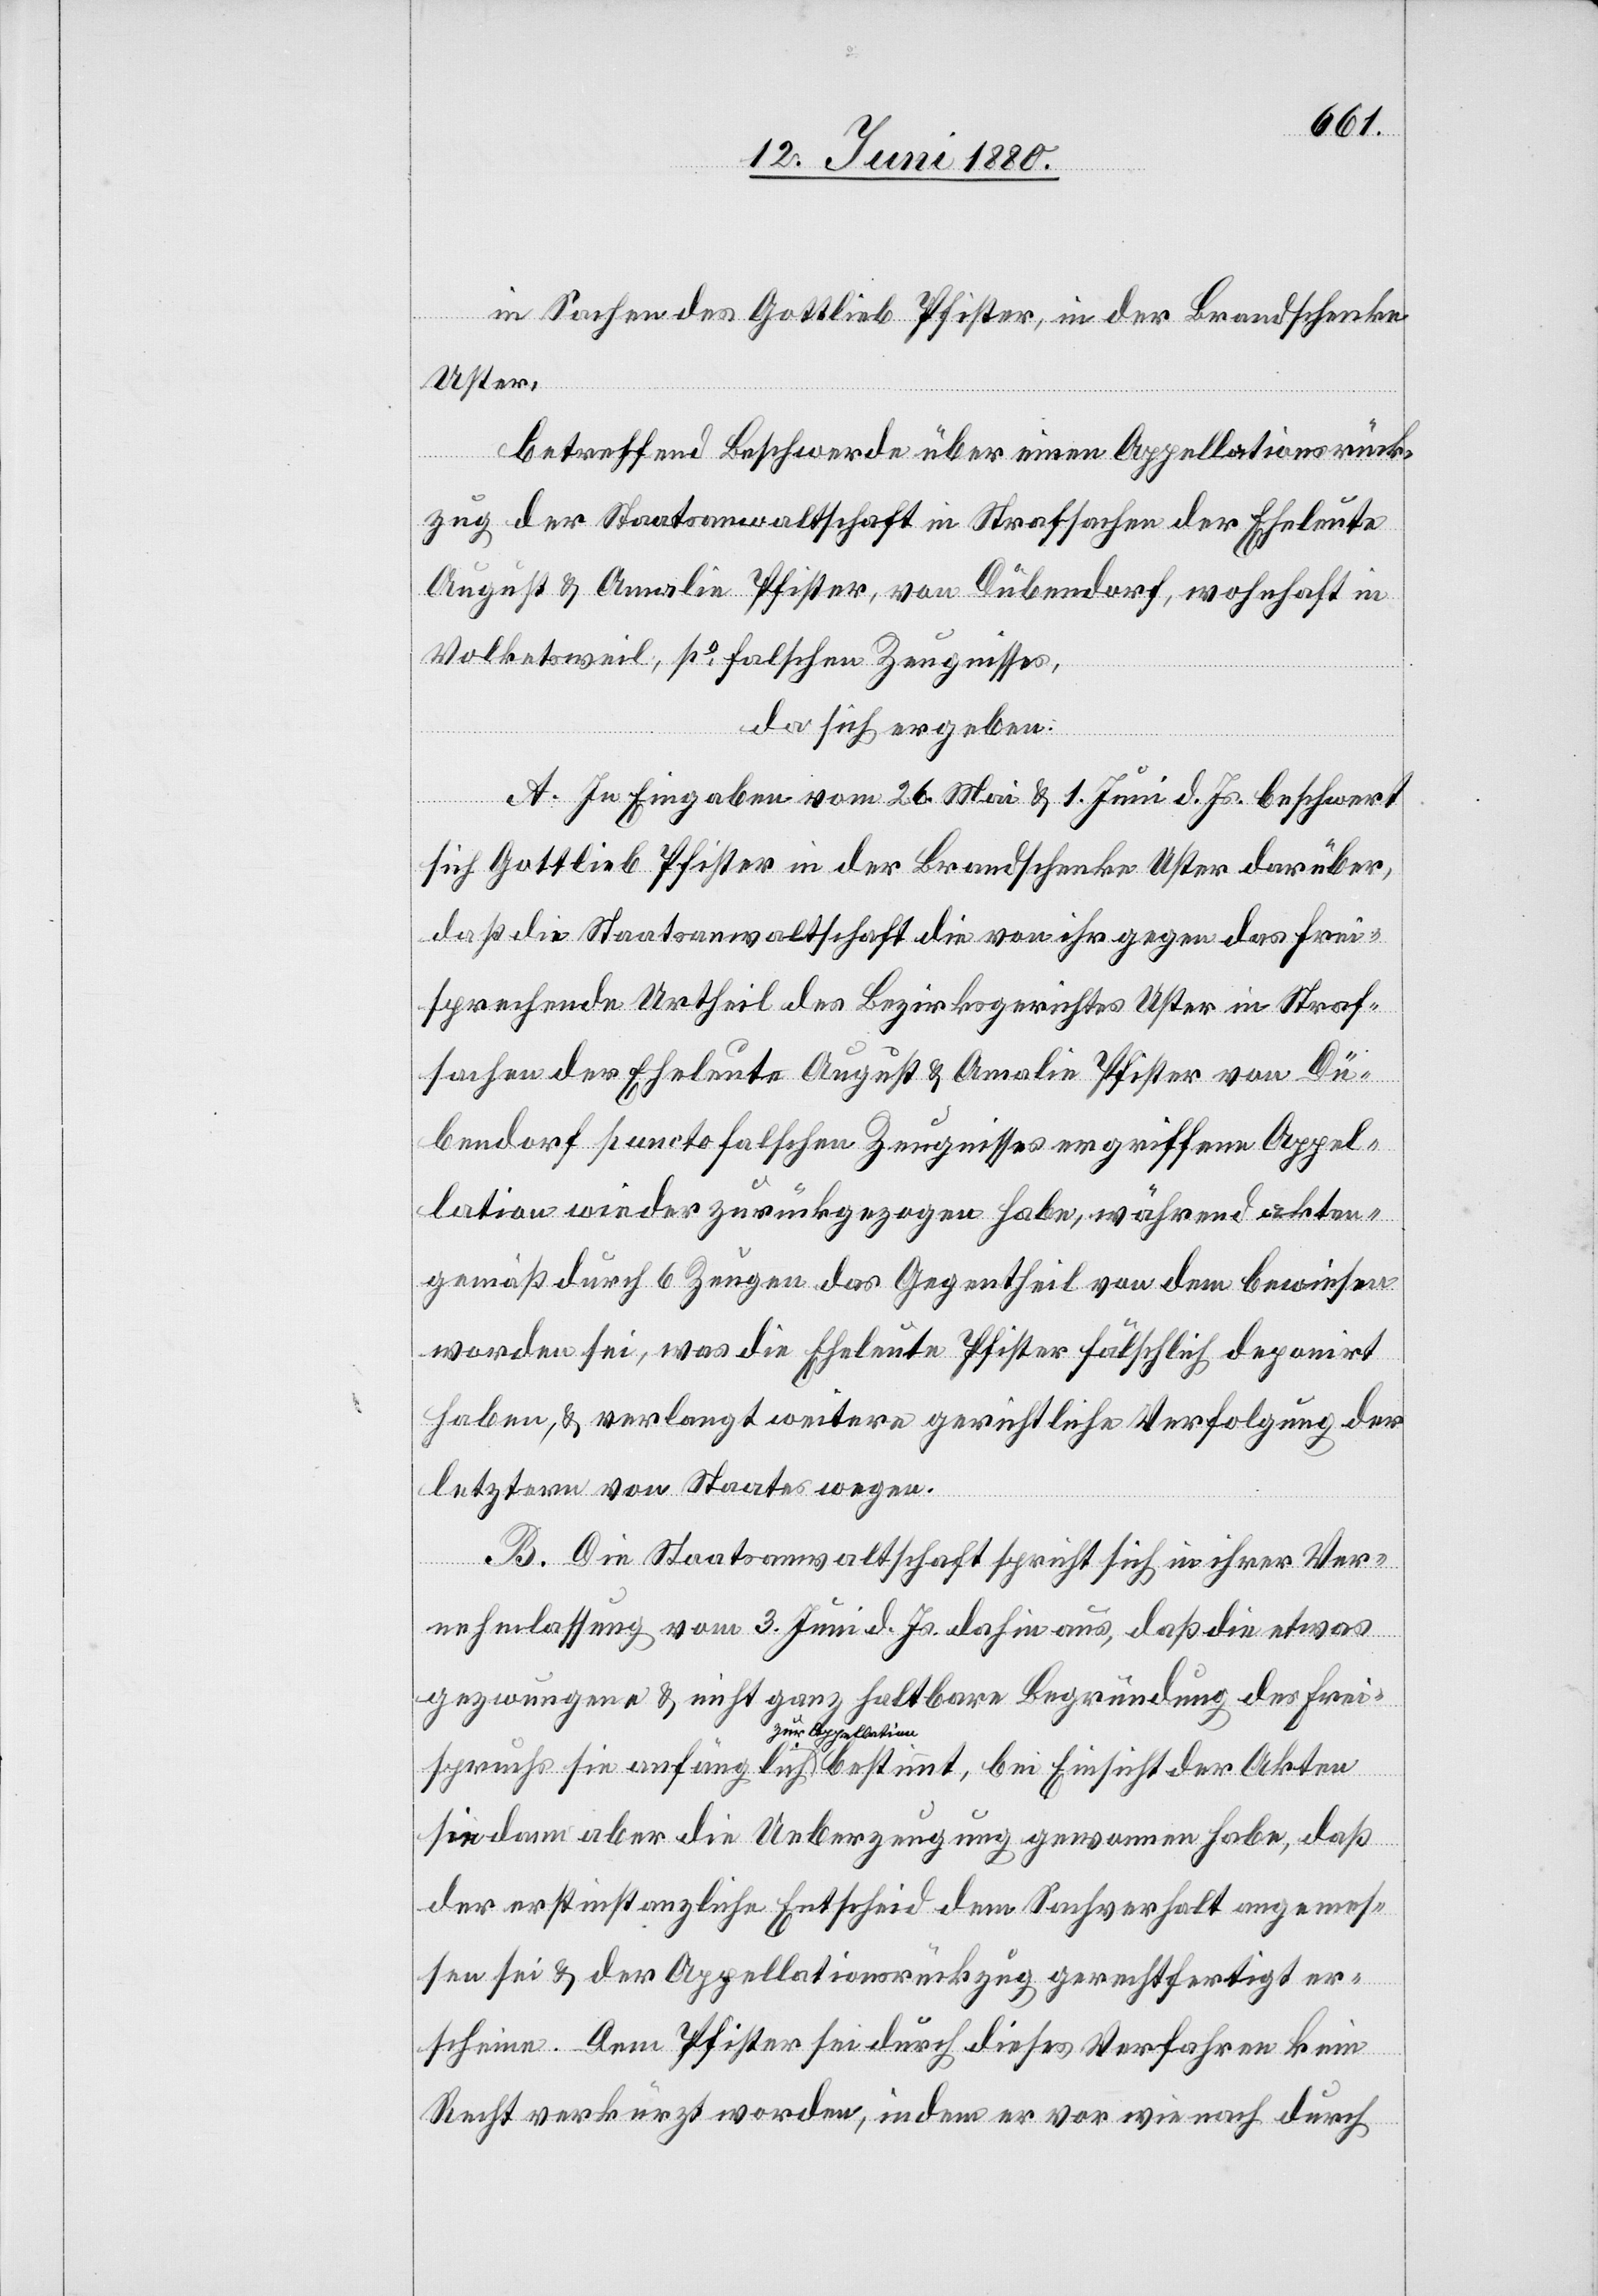
in Sachen des Gottlieb Pfister, in der Brandschenke
Uster,
betreffend Beschwerde über einen Appellationsrück¬
zug der Staatsanwaltschaft in Strafsachen der Eheleute
August & Amalie Pfister, von Dübendorf, wohnhaft in
Volketsweil, po falschen Zeugnisses,
da sich ergeben:
A. In Eingaben vom 26. Mai & 1. Juni d. Js. beschwert
sich Gottlieb Pfister in der Brandschenke Uster darüber,
daß die Staatsanwaltschaft die von ihr gegen das frei¬
sprechende Urtheil des Bezirksgerichtes Uster in Straf¬
sachen der Eheleute August & Amalie Pfister von Dü¬
bendorf puncto falschen Zeugnisses ergriffene Appel¬
lation wieder zurückgezogen habe, während akten¬
gemäß durch 6 Zeugen das Gegentheil von dem bewiesen
worden sei, was die Eheleute Pfister fälschlich deponirt
haben, & verlangt weitere gerichtliche Verfolgung der
letztern von Staates wegen.
Akten
B. Die Staatsanwaltschaft spricht sich in ihrer Ver¬
nehmlassung vom 3. Juni d. Js. dahin aus, daß die etwas
gezwungene & nicht ganz haltbare Begründung des Freis¬
zur Appellation
sie dann aber die Ueberzeugung gewonnen habe, daß
der erstinstanzliche Entscheid dem Sachverhalt angemes¬
sen sei & der Appellationsrückzug gerechtfertigt er¬
scheine. Dem Pfister sei durch dieses Verfahren kein
Recht verkürzt worden, indem er vor wie nach durch

bei

sie